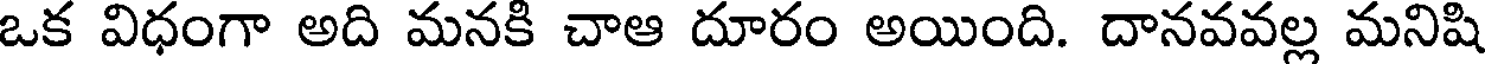
ఒక విధంగా అది మనకి చాఆ దూరం అయింది. దానవవల్ల మనిషి